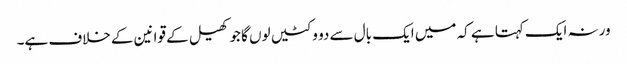
ورنہ ایک کہتا ہے کہ میں ایک بال سے دو وکٹیں لوں گا جو کھیل کے قوانین کے خلاف ہے۔